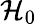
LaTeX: \mathcal{H}_{0}